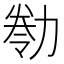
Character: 𠢁